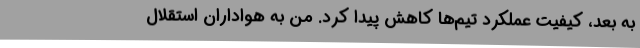
به بعد، کیفیت عملکرد تیم‌ها کاهش پیدا کرد. من به هواداران استقلال